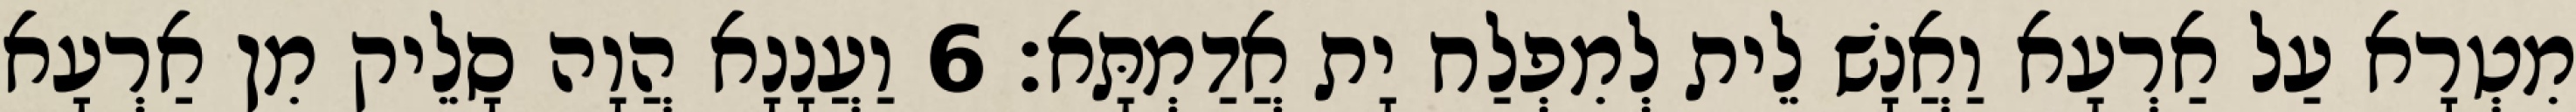
מִטְרָא עַל אַרְעָא וַאֲנָשׁ לֵית לְמִפְלַח יָת אֲדַמְתָּא׃ 6 וַעֲנָנָא הֲוָה סָלֵיק מִן אַרְעָא